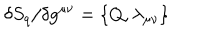
\delta S _ { q } / \delta g ^ { \mu \nu } = \{ Q , \lambda _ { \mu \nu } \}